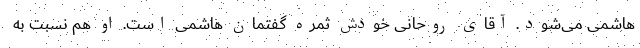
هاشمی می‌شود. آقای روحانی خودش ثمره گفتمان هاشمی است. او هم نسبت به